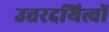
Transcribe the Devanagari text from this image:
उत्तरदयित्वों